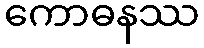
ကောဓနဿ